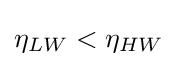
\eta _{LW}<\eta _{HW}